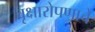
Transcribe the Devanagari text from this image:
वृक्षारोपणाचे